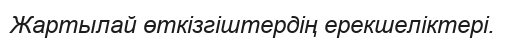
Жартылай өткізгіштердің ерекшеліктері.